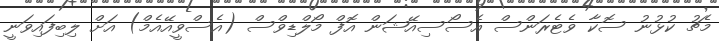
މެޗު ކުޅުނު ސޮކާ ވެޓެރަންސް އެސޯސިއޭޝަން އޮފް މޯލްޑިވްސް (އެސްވީއޭއެމް) އަށް ލިބިފައިވަނީ